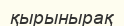
қырынырақ